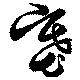
塞